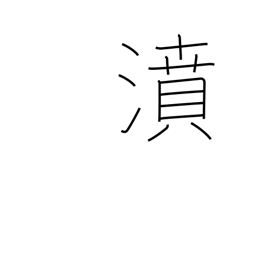
Meaning: gush forth